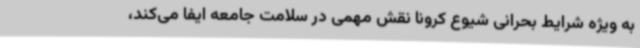
به ویژه شرایط بحرانی شیوع کرونا نقش مهمی در سلامت جامعه ایفا می‌کند،